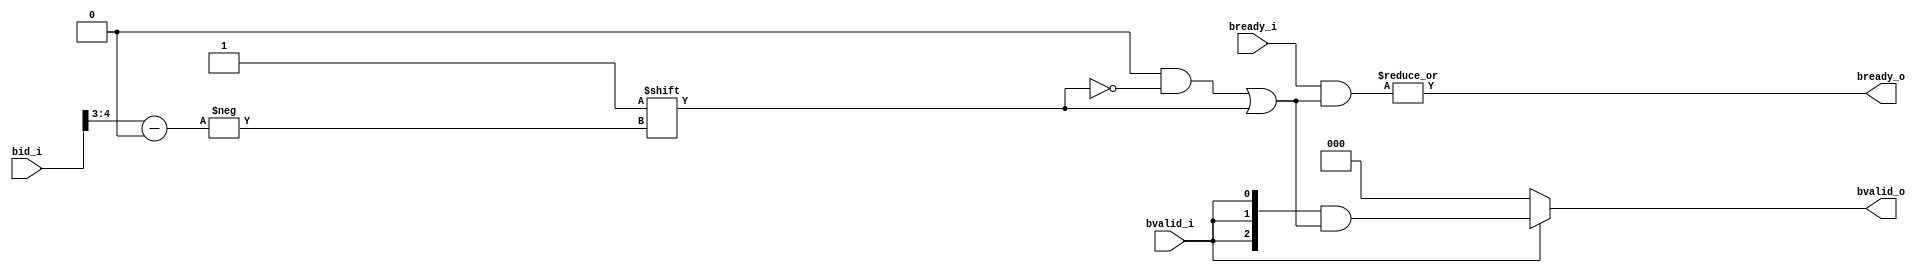
module axi_address_decoder_BW 
#(
    parameter  N_TARG_PORT     = 3,
    parameter  AXI_ID_IN       = 3,
    parameter  AXI_ID_OUT      = AXI_ID_IN+$clog2(N_TARG_PORT)
)
(
	bid_i,
	bvalid_i,
	bready_o,
	bvalid_o,
	bready_i
);
	//parameter N_TARG_PORT = 3;
	//parameter AXI_ID_IN = 3;
	//parameter AXI_ID_OUT = AXI_ID_IN + $clog2(N_TARG_PORT);
	input wire [AXI_ID_OUT - 1:0] bid_i;
	input wire bvalid_i;
	output reg bready_o;
	output reg [N_TARG_PORT - 1:0] bvalid_o;
	input wire [N_TARG_PORT - 1:0] bready_i;
	reg [N_TARG_PORT - 1:0] req_mask;
	wire [$clog2(N_TARG_PORT) - 1:0] ROUTING;
	assign ROUTING = bid_i[(AXI_ID_IN + $clog2(N_TARG_PORT)) - 1:AXI_ID_IN];
	always @(*) begin
		req_mask = 1'sb0;
		req_mask[ROUTING] = 1'b1;
	end
	always @(*) begin
		if (bvalid_i)
			bvalid_o = {N_TARG_PORT {bvalid_i}} & req_mask;
		else
			bvalid_o = 1'sb0;
		bready_o = |(bready_i & req_mask);
	end
endmodule